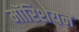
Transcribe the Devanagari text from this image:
मॉरिशयन